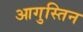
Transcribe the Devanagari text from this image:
आगुस्तिन